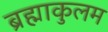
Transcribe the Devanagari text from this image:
ब्रह्माकुलम